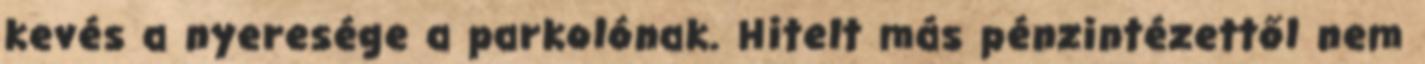
kevés a nyeresége a parkolónak. Hitelt más pénzintézettől nem